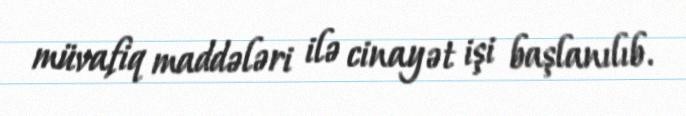
müvafiq maddələri ilə cinayət işi başlanılıb.